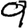
Digit: 9